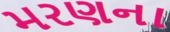
મરણના